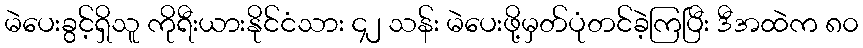
မဲပေးခွင့်ရှိသူ ကိုရီးယားနိုင်ငံသား ၄၂ သန်း မဲပေးဖို့မှတ်ပုံတင်ခဲ့ကြပြီး ဒီအထဲက ၈၀